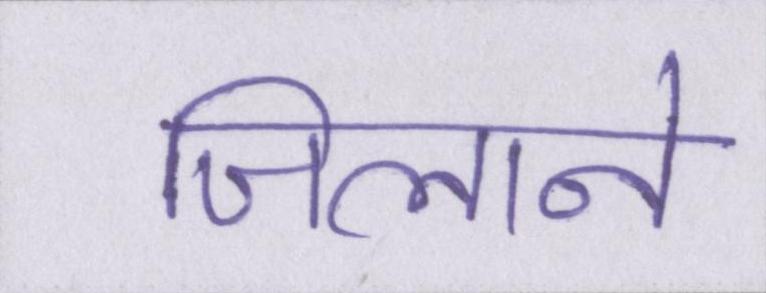
जिलाने